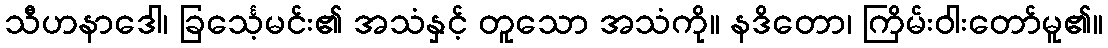
သီဟနာဒေါ၊ ခြင်္သေ့မင်း၏ အသံနှင့် တူသော အသံကို။ နဒိတော၊ ကြိမ်းဝါးတော်မူ၏။